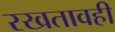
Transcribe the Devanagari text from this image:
रखतावही